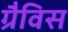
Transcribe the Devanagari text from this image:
ग्रैविस